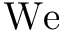
\mathrm { W e }